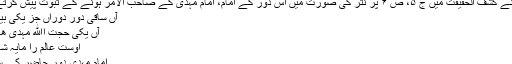
شاہ سید نے کشف الحقیقت میں ج ۵، ص ۶ پر نثر کی صورت میں اس دور کے امام، امام مہدیؑ کے صاحب الامر ہونے کے ثبوت پیش کرتے ہوئے:
آں ساقی دور دوراں جز یکی بیش نیست
آں یکی حجت اﷲ مہدی ھادی است
اوست عالم را مایہ شادی است
امام مہدی دور حاضر کے ساقی ہیں۔